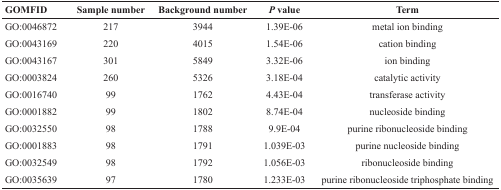
| GOMFID | Sample number | Background number | P value | Term |
 | --- | --- | --- | --- | --- |
 | GO:0046872 | 217 | 3944 | 1.39E-06 | metal ion binding |
 | GO:0043169 | 220 | 4015 | 1.54E-06 | cation binding |
 | GO:0043167 | 301 | 5849 | 3.32E-06 | ion binding |
 | GO:0003824 | 260 | 5326 | 3.18E-04 | catalytic activity |
 | GO:0016740 | 99 | 1762 | 4.43E-04 | transferase activity |
 | GO:0001882 | 99 | 1802 | 8.74E-04 | nucleoside binding |
 | GO:0032550 | 98 | 1788 | 9.9E-04 | purine ribonucleoside binding |
 | GO:0001883 | 98 | 1791 | 1.039E-03 | purine nucleoside binding |
 | GO:0032549 | 98 | 1792 | 1.056E-03 | ribonucleoside binding |
 | GO:0035639 | 97 | 1780 | 1.233E-03 | purine ribonucleoside triphosphate binding |